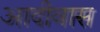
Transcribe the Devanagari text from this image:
आदीवास